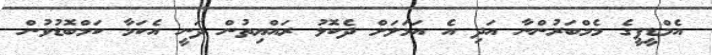
އެމްޑީޕީގެ މެމްބަރުންނާ އަދި އެ އަމަލަށް ދެކޮޅު ރައްޔިތުން ދަނީ އެކަމާ ކަމްބޮޑުވުން